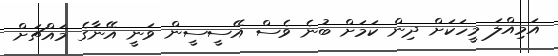
އަމިއްލަ މީހަކަށް ދިން ކަމަށް ބުނެ ވެސް އޭސީސީން ވަނީ އޭނާގެ މައްޗަށް